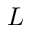
L